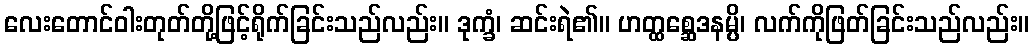
လေးတောင်ဝါးတုတ်တို့ဖြင့်ရိုက်ခြင်းသည်လည်း။ ဒုက္ခံ၊ ဆင်းရဲ၏။ ဟတ္ထစ္ဆေဒနမ္ပိ၊ လက်ကိုဖြတ်ခြင်းသည်လည်း။